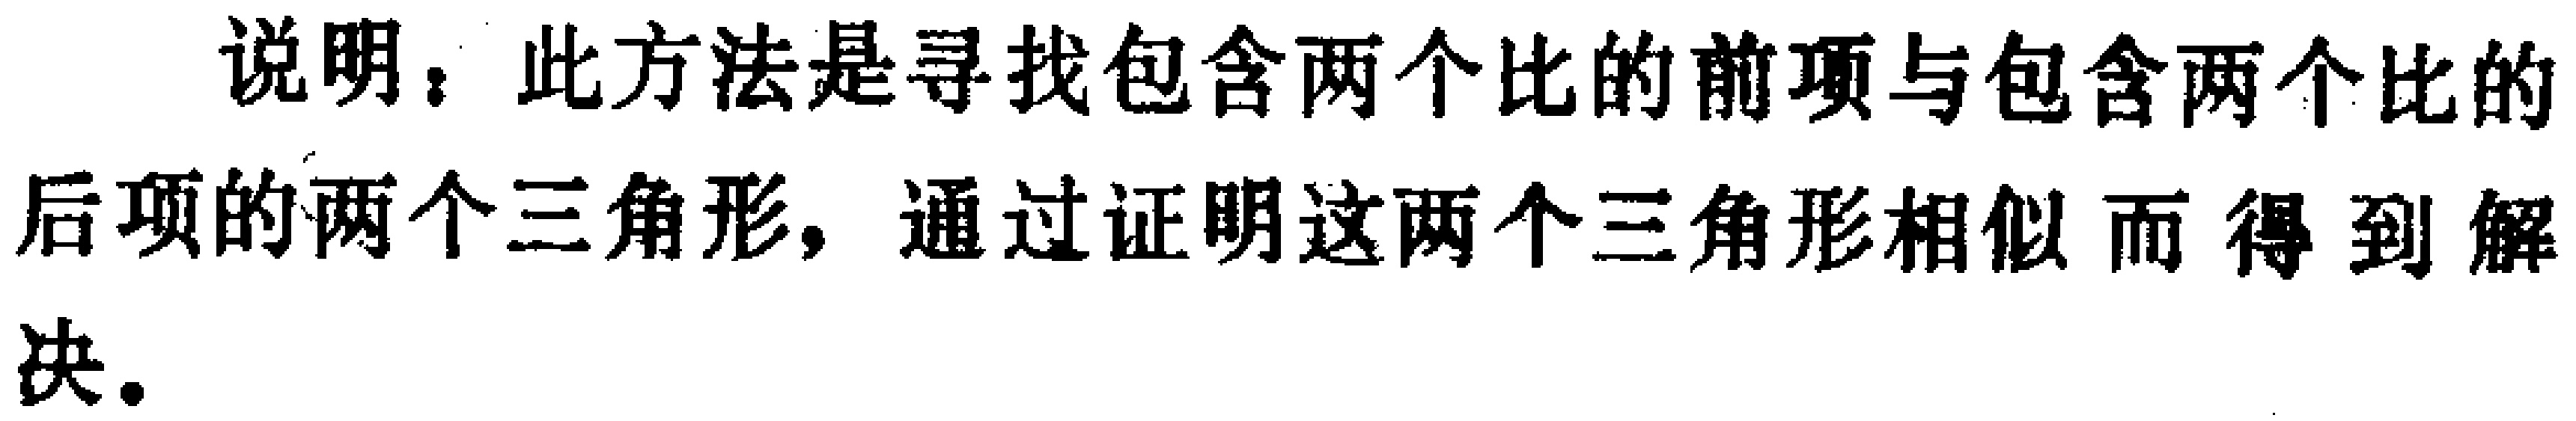
说明：此方法是寻找包含两个比的前项与包含两个比的后项的两个三角形，通过证明这两个三角形相似而得到解决.